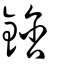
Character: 鋡